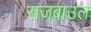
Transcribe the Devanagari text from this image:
राजबाउल